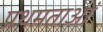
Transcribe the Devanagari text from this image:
प्रथमताओं